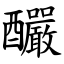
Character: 釅